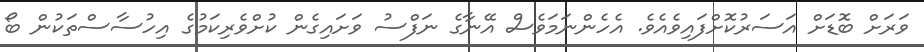
ވަރަށް ބޮޑަށް އަސަރުކޮށްފައިވެއެވެ. އެހެންނަމަވެސް އޭނާގެ ނަފްސު ވަށައިގެން ކުށްވެރިކަމުގެ އިހުސާސްތަކުން ބޯ